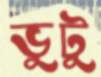
ভুটু